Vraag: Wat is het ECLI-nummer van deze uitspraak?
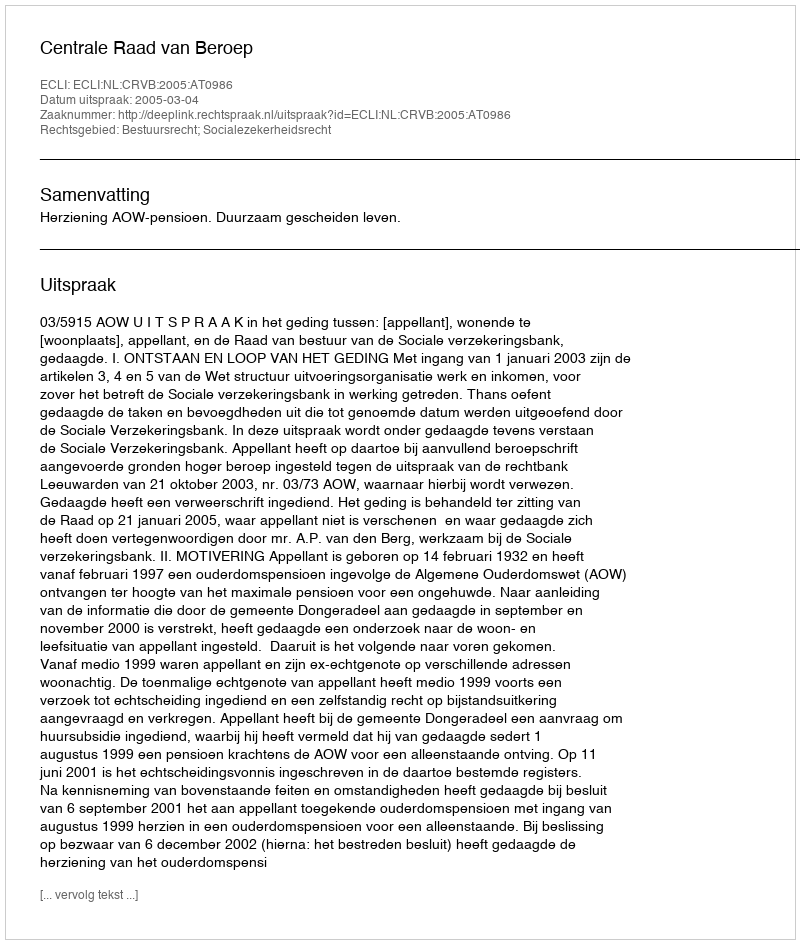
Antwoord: ECLI:NL:CRVB:2005:AT0986